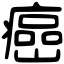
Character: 癌